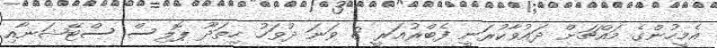
އެމީހުންގެ މައްޗަށް ދައުވާކުރަނީ ފެބްރުއަރީ 8 ވަނަ ދުވަހު ހިތަދޫ ޕޮލިސް ސްޓޭޝަނާއި